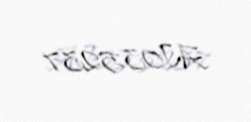
AJ035237